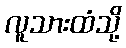
လူသားထံသို့